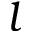
l